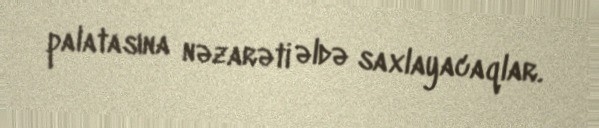
palatasına nəzarəti əldə saxlayacaqlar.